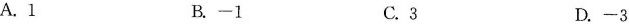
A.1 B.-1 C.3 D.-3